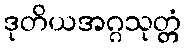
ဒုတိယအဂ္ဂသုတ္တံ